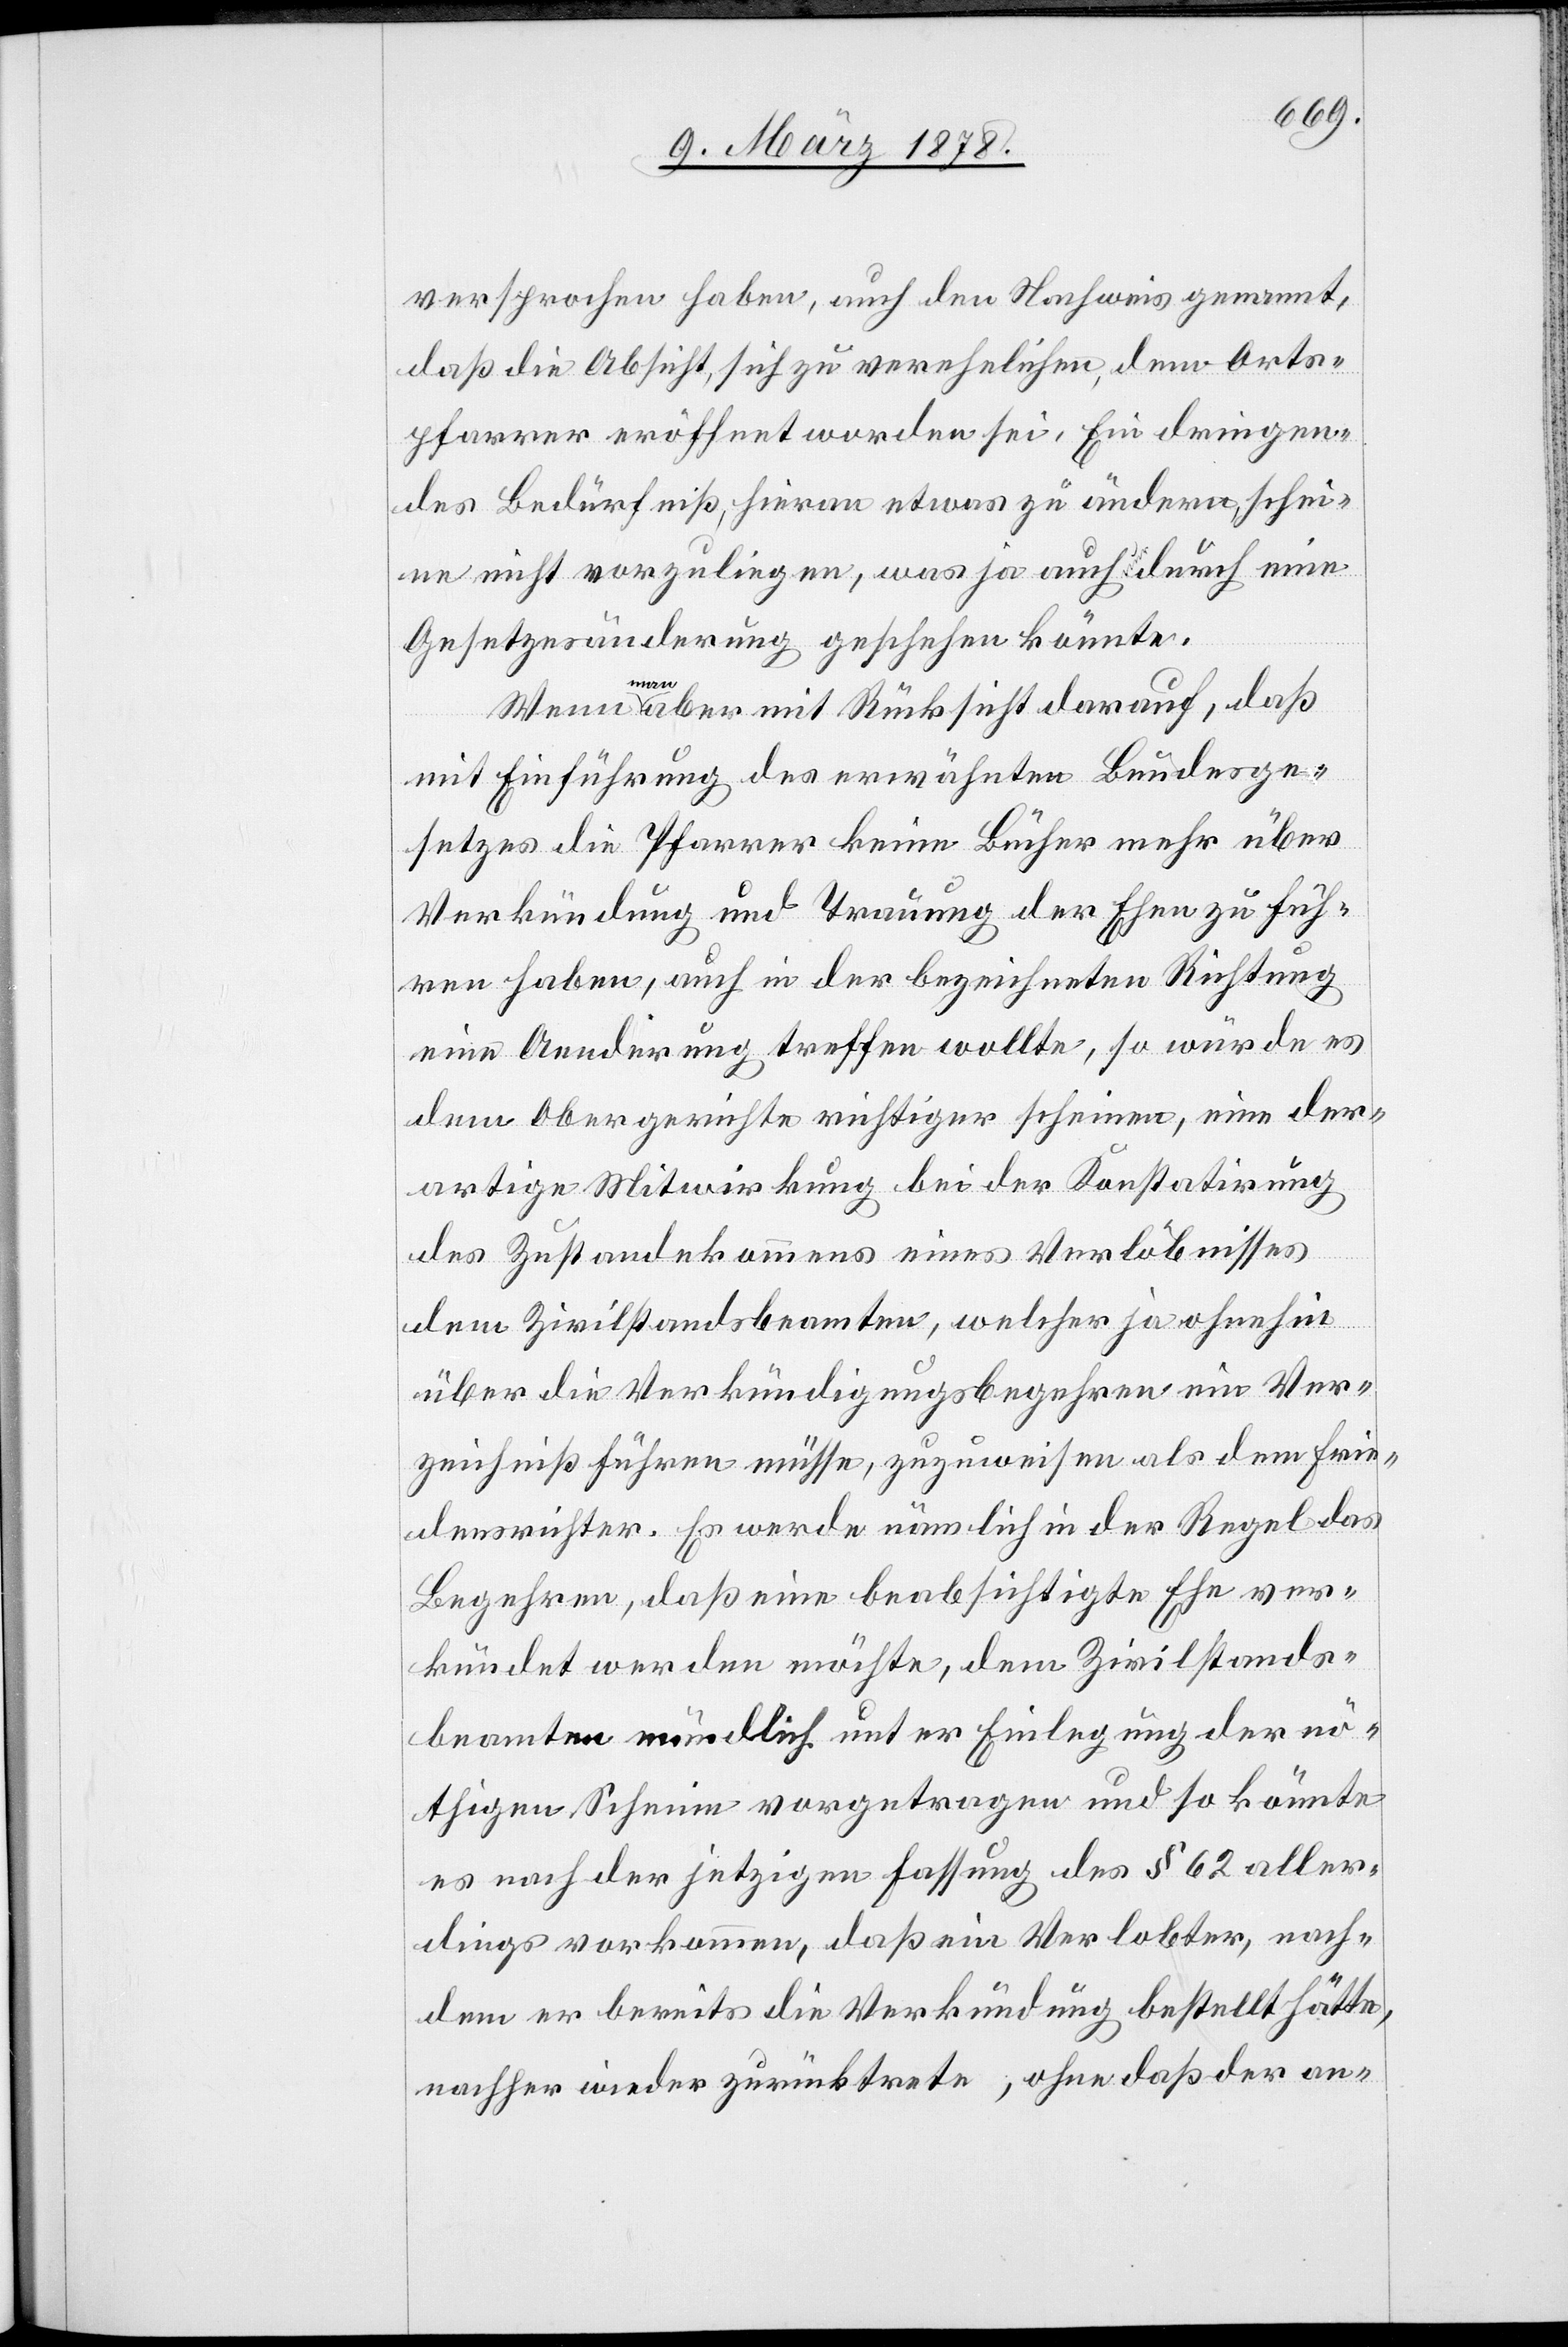
versprochen haben, auch den Nachweis genannt,
daß die Absicht, sich zu verehelichen, dem Orts¬
pfarrer eröffnet worden sei. Ein dringen¬
des Bedürfniß, hieran etwas zu ändern, schei¬
ne nicht vorzuliegen, was ja auch nur durch eine
Gesetzesänderung geschehen könnte.
Wenn man aber mit Rücksicht darauf, daß
mit Einführung des erwähnten Bundesge¬
setzes die Pfarrer keine Bücher mehr über
Verkündung und Trauung der Ehen zu füh¬
ren haben, auch in der bezeichneten Richtung
eine Aenderung treffen wollte, so würde es
dem Obergerichte richtiger scheinen, eine der¬
artige Mitwirkung bei der Konstatirung
des Zustandekommens eines Verlöbnisses
dem Zivilstandsbeamten, welcher ja ohnehin
über die Verkündigungsbegehren ein Ver¬
zeichniß führen müsse, zuzuweisen als dem Frie¬
densrichter. Es werde nämlich in der Regel das
Begehren, daß eine beabsichtigte Ehe ver¬
kündet werden möchte, dem Zivilstands¬
beamten mündlich unter Einlegung der nö¬
thigen Scheine vorgetragen und so könnte
es nach der jetzigen Fassung des § 62 aller¬
dings vorkommen, daß ein Verlobter, nach¬
dem er bereits die Verkündung bestellt hätte,
nachher wieder zurücktrete, ohne daß der an-